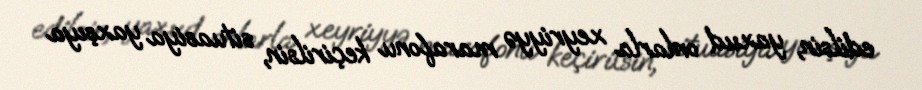
edilsin, yaxud onlarla xeyriyyə marafonu keçirilsin, situasiya yaxşıya